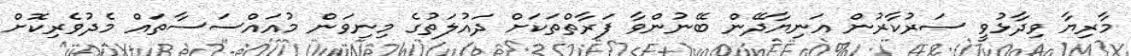
މާރިޔާ ވިދާޅުވީ ސަރުކާރުން އަނިޔާދޭން ބޭނުންވާ ފަރާތްތަކަށް ދައުލަތުގެ މިނިވަން މުއައްސަސާތައް މެދުވެރިކޮށް